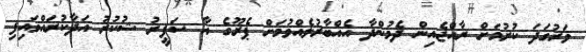
ވަރުގަދަ ކުރުމަށް ރާއްޖެއިން ދެމުންދާ އެއްބާރުލެއްވުމަށް ޕެރޫގެ އާ ސަފީރު ޝުކުރު އަދާކުރައްވައިފި